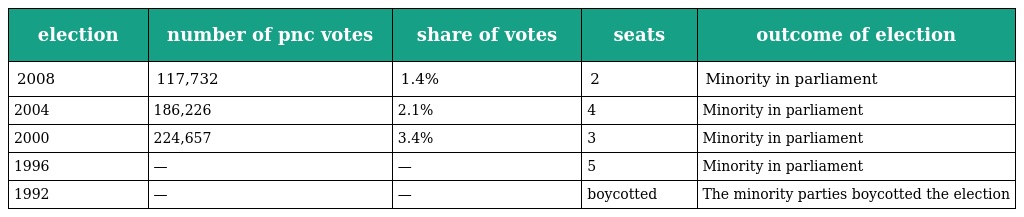
| election | number of pnc votes | share of votes | seats | outcome of election |
 | --- | --- | --- | --- | --- |
 | 2008 | 117,732 | 1.4% | 2 | Minority in parliament |
 | 2004 | 186,226 | 2.1% | 4 | Minority in parliament |
 | 2000 | 224,657 | 3.4% | 3 | Minority in parliament |
 | 1996 | — | — | 5 | Minority in parliament |
 | 1992 | — | — | boycotted | The minority parties boycotted the election |